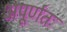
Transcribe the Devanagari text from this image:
अपूर्णतः